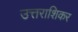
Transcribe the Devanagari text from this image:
उत्तराशिकर